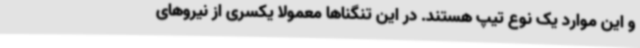
و این موارد یک نوع تیپ هستند. در این تنگناها معمولا یکسری از نیروهای